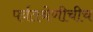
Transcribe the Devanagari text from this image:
पर्वतश्रेणीचीच